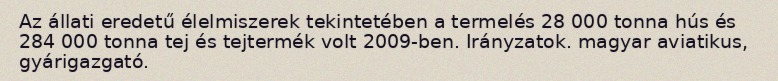
Az állati eredetű élelmiszerek tekintetében a termelés 28 000 tonna hús és 284 000 tonna tej és tejtermék volt 2009-ben. Irányzatok. magyar aviatikus, gyárigazgató.